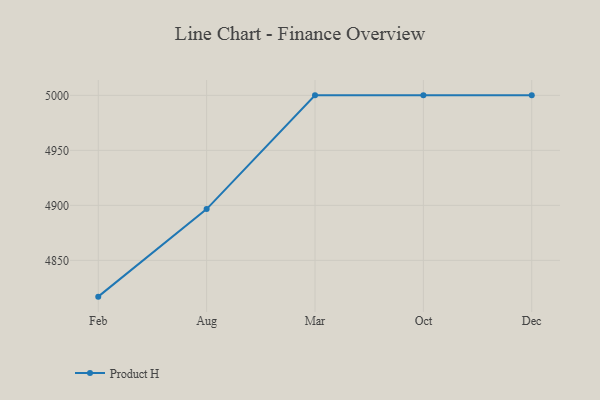
{"axis": {"x": "Month", "y": "Revenue (USD Million)"}, "legend": ["Product H"], "data": [{"x": "Feb", "y": 4817.0, "type": "Product H"}, {"x": "Aug", "y": 4896.6, "type": "Product H"}, {"x": "Mar", "y": 5000, "type": "Product H"}, {"x": "Oct", "y": 5000, "type": "Product H"}, {"x": "Dec", "y": 5000, "type": "Product H"}]}